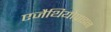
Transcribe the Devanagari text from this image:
एजैथियोप्राइन